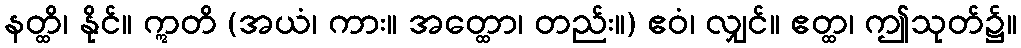
နတ္ထိ၊ နိုင်။ ဣတိ (အယံ၊ ကား။ အတ္ထော၊ တည်း။) ဧဝံ၊ လျှင်။ ဧတ္ထ၊ ဤသုတ်၌။